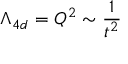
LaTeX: \Lambda _ { 4 d } = Q ^ { 2 } \sim \frac { 1 } { t ^ { 2 } }